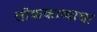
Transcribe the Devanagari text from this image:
लोककाव्याचा